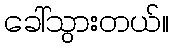
ခေါ်သွားတယ်။